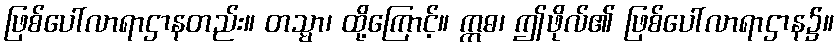
ဖြစ်ပေါ်လာရာဌာနတည်း။ တသ္မာ၊ ထို့ကြောင့်။ ဣဓ၊ ဤဖိုလ်၏ ဖြစ်ပေါ်လာရာဌာန၌။